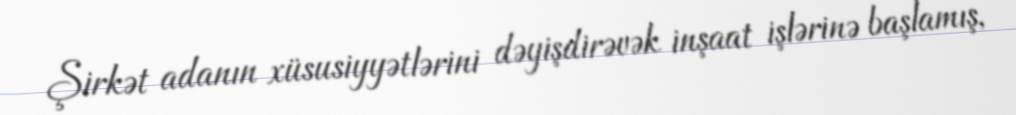
Şirkət adanın xüsusiyyətlərini dəyişdirəvək inşaat işlərinə başlamış,